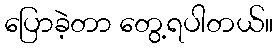
ပြောခဲ့တာ တွေ့ရပါတယ်။